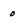
Character: O